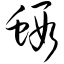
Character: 虾